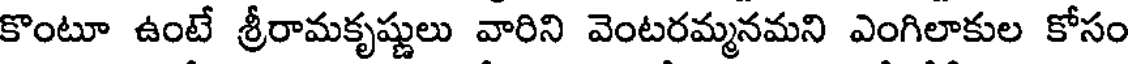
కొంటూ ఉంటే శ్రీరామకృష్ణులు వారిని వెంటరమ్మనమని ఎంగిలాకుల కోసం